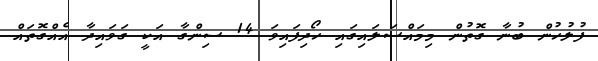
ފުލުހުން ބުނާ ގޮތުން މިމައްސަލައިގައި ހޯދިފައިވަ 14 ސިންގާ އަކީ ގަވައިދާ އެއްގޮތައް